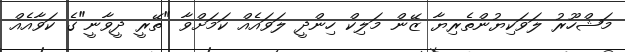
މަޝްހޫރު ލަވަކިޔުންތެރިޔާ ޒޭން މަލިކް ހިންދީ ލަވައެއް ކަމަށްވާ "ތޭރީ ދީވާނީ"ގެ ކަވާއެއް